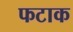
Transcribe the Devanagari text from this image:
फटाक